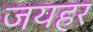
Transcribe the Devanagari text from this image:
जयहर